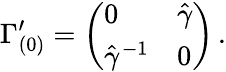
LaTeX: \Gamma_{(0)}^{\prime}=\left(\begin{array}{ll}{{0}}&{{\hat{\gamma}}}\\ {{\hat{\gamma}^{-1}}}&{{0}}\end{array}\right)\, .